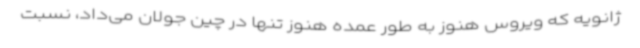
ژانویه که ویروس هنوز به طور عمده هنوز تنها در چین جولان می‌داد، نسبت